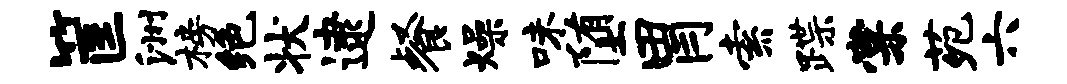
筐洲榜绝状逮餐燥味堕胃索蹀棠苑六